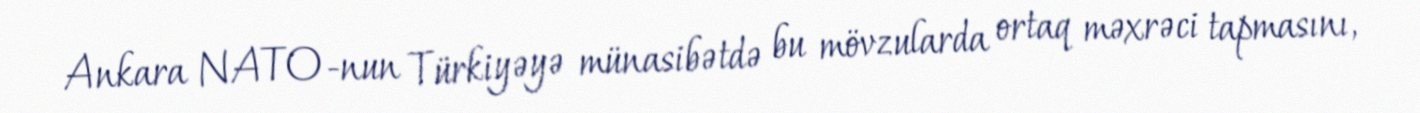
Ankara NATO-nun Türkiyəyə münasibətdə bu mövzularda ortaq məxrəci tapmasını,